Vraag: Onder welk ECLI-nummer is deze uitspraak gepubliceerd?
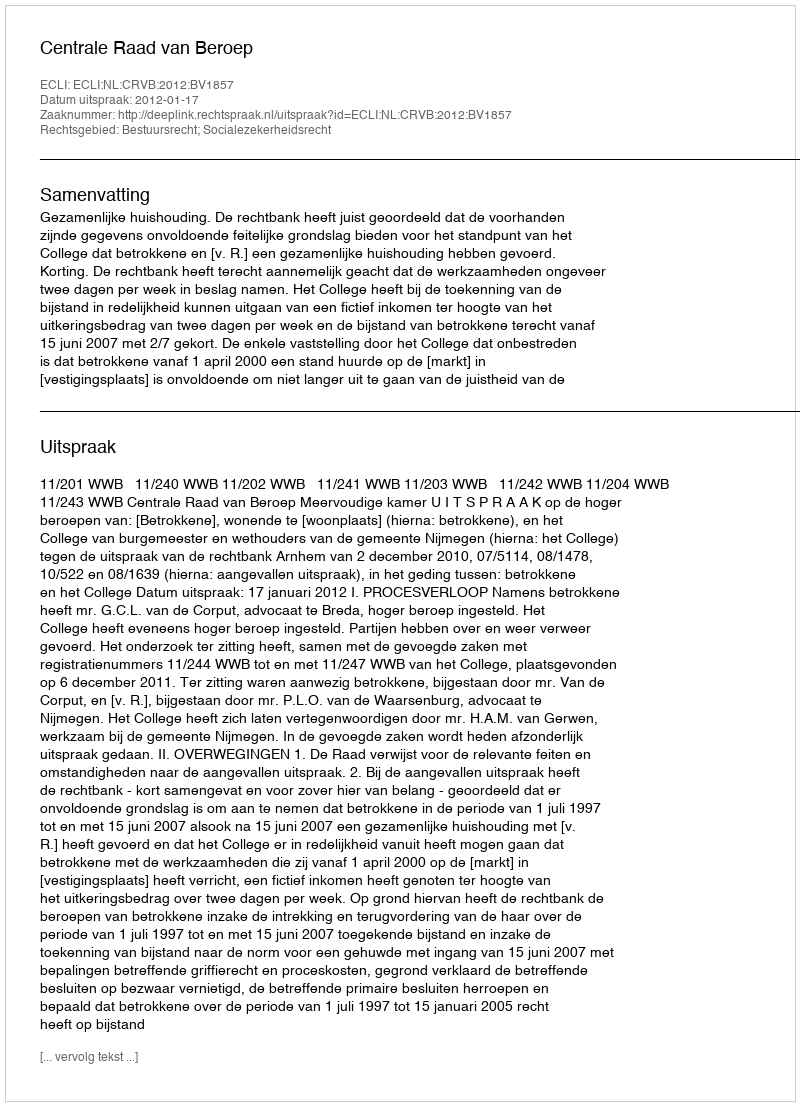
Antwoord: ECLI:NL:CRVB:2012:BV1857